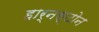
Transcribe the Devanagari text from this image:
हार्नस्टोन